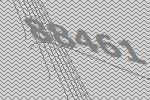
88461